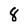
Character: 8